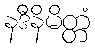
နဒီနိမိတ္တံ